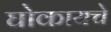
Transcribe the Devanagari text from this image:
घोकायचे